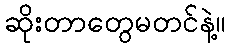
ဆိုးတာတွေမတင်နဲ့။